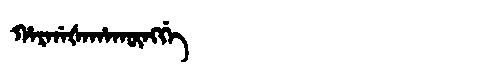
Manchu: ᡥᠠᡵᡤᠠᡧᠠᡥᠠᡴᡡᠩᡤᡝ
Romanization: HARGAŠAHAKŪNGGE